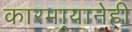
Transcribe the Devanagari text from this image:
कारभार्‍यानेही